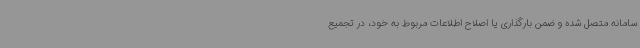
سامانه متصل شده و ضمن بارگذاری یا اصلاح اطلاعات مربوط به خود، در تجمیع